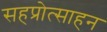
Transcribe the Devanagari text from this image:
सहप्रोत्साहन